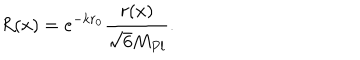
R ( x ) = e ^ { - k r _ { 0 } } \frac { r ( x ) } { \sqrt { 6 } M _ { P l } } .